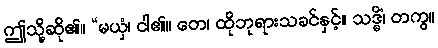
ဤသို့ဆို၏။ “မယှံ၊ ငါ၏။ တေ၊ ထိုဘုရားသခင်နှင့်။ သဒ္ဓိံ၊ တကွ။